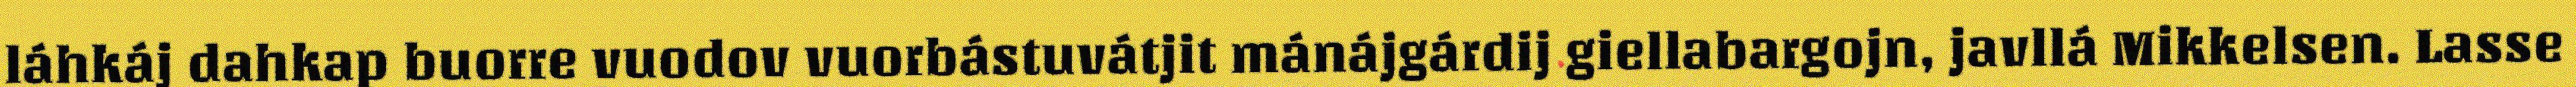
láhkáj dahkap buorre vuodov vuorbástuvátjit mánájgárdij giellabargojn, javllá Mikkelsen. Lasse